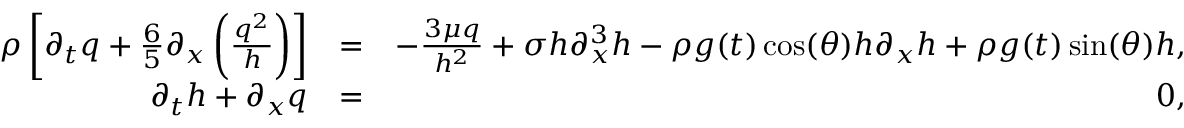
\begin{array} { r l r } { \rho \left[ \partial _ { t } q + \frac { 6 } { 5 } \partial _ { x } \left( \frac { q ^ { 2 } } { h } \right) \right] } & { = } & { - \frac { 3 \mu q } { h ^ { 2 } } + \sigma h \partial _ { x } ^ { 3 } h - \rho g ( t ) \cos ( \theta ) h \partial _ { x } h + \rho g ( t ) \sin ( \theta ) h , } \\ { \partial _ { t } h + \partial _ { x } q } & { = } & { 0 , } \end{array}